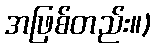
အဖြစ်တည်း။)